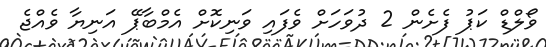
ވޯލްޑް ކަޕު ފެށެން 2 ދުވަހަށް ވެފައި ވަނިކޮށް އެމްބާޕޭ އަނިޔާ ވެއްޖެ